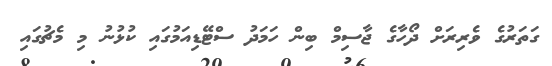
ގަތަރުގެ ވެރިރަށް ދޯހާގެ ޖާސިމް ބިން ހަމަދު ސްޓޭޑިއަމުގައި ކުޅުނު މި މެޗުގައި